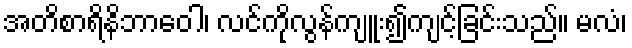
အတိစာရိနိဘာဝေါ၊ လင်ကိုလွန်ကျူး၍ကျင့်ခြင်းသည်။ မလံ၊